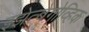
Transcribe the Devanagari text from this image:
इझेत्बेगोव्हिक